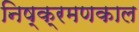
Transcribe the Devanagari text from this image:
निष्क्रमणकाल